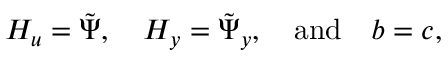
\boldsymbol { H _ { u } } = \boldsymbol { \tilde { \Psi } } , \quad \boldsymbol { H _ { y } } = \boldsymbol { \tilde { \Psi } _ { y } } , \quad \mathrm { a n d } \quad \boldsymbol { b } = \boldsymbol { c } ,